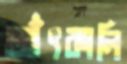
আঁৎকালি